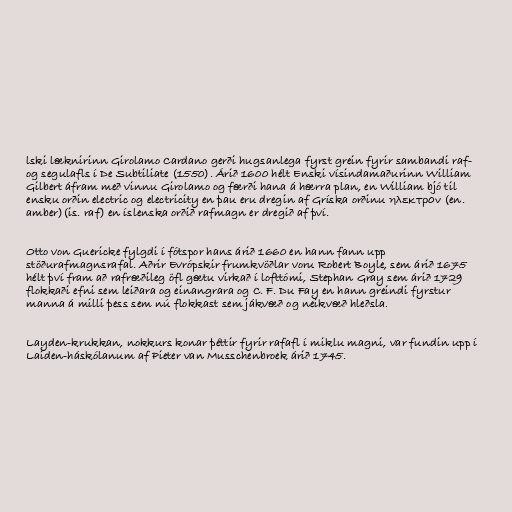
lski læknirinn Girolamo Cardano gerði hugsanlega fyrst grein fyrir sambandi raf-
og segulafls í De Subtiliate (1550). Árið 1600 hélt Enski vísindamaðurinn William
Gilbert áfram með vinnu Girolamo og færði hana á hærra plan, en William bjó til
ensku orðin electric og electricity en þau eru dregin af Gríska orðinu ηλεκτρον (en.
amber)(is. raf) en íslenska orðið rafmagn er dregið af því.

Otto von Guericke fylgdi í fótspor hans árið 1660 en hann fann upp
stöðurafmagnsrafal. Aðrir Evrópskir frumkvöðlar voru Robert Boyle, sem árið 1675
hélt því fram að rafræðileg öfl gætu virkað í lofttómi, Stephan Gray sem árið 1729
flokkaði efni sem leiðara og einangrara og C. F. Du Fay en hann greindi fyrstur
manna á milli þess sem nú flokkast sem jákvæð og neikvæð hleðsla.

Layden-krukkan, nokkurs konar þéttir fyrir rafafl í miklu magni, var fundin upp í
Laiden-háskólanum af Pieter van Musschenbroek árið 1745.